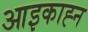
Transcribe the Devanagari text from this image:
आइकाह्न